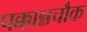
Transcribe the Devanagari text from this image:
पक्कान्नचौक